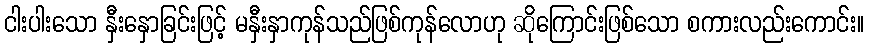
ငါးပါးသော နှီးနှောခြင်းဖြင့် မနှီးနှာကုန်သည်ဖြစ်ကုန်လောဟု ဆိုကြောင်းဖြစ်သော စကားလည်းကောင်း။